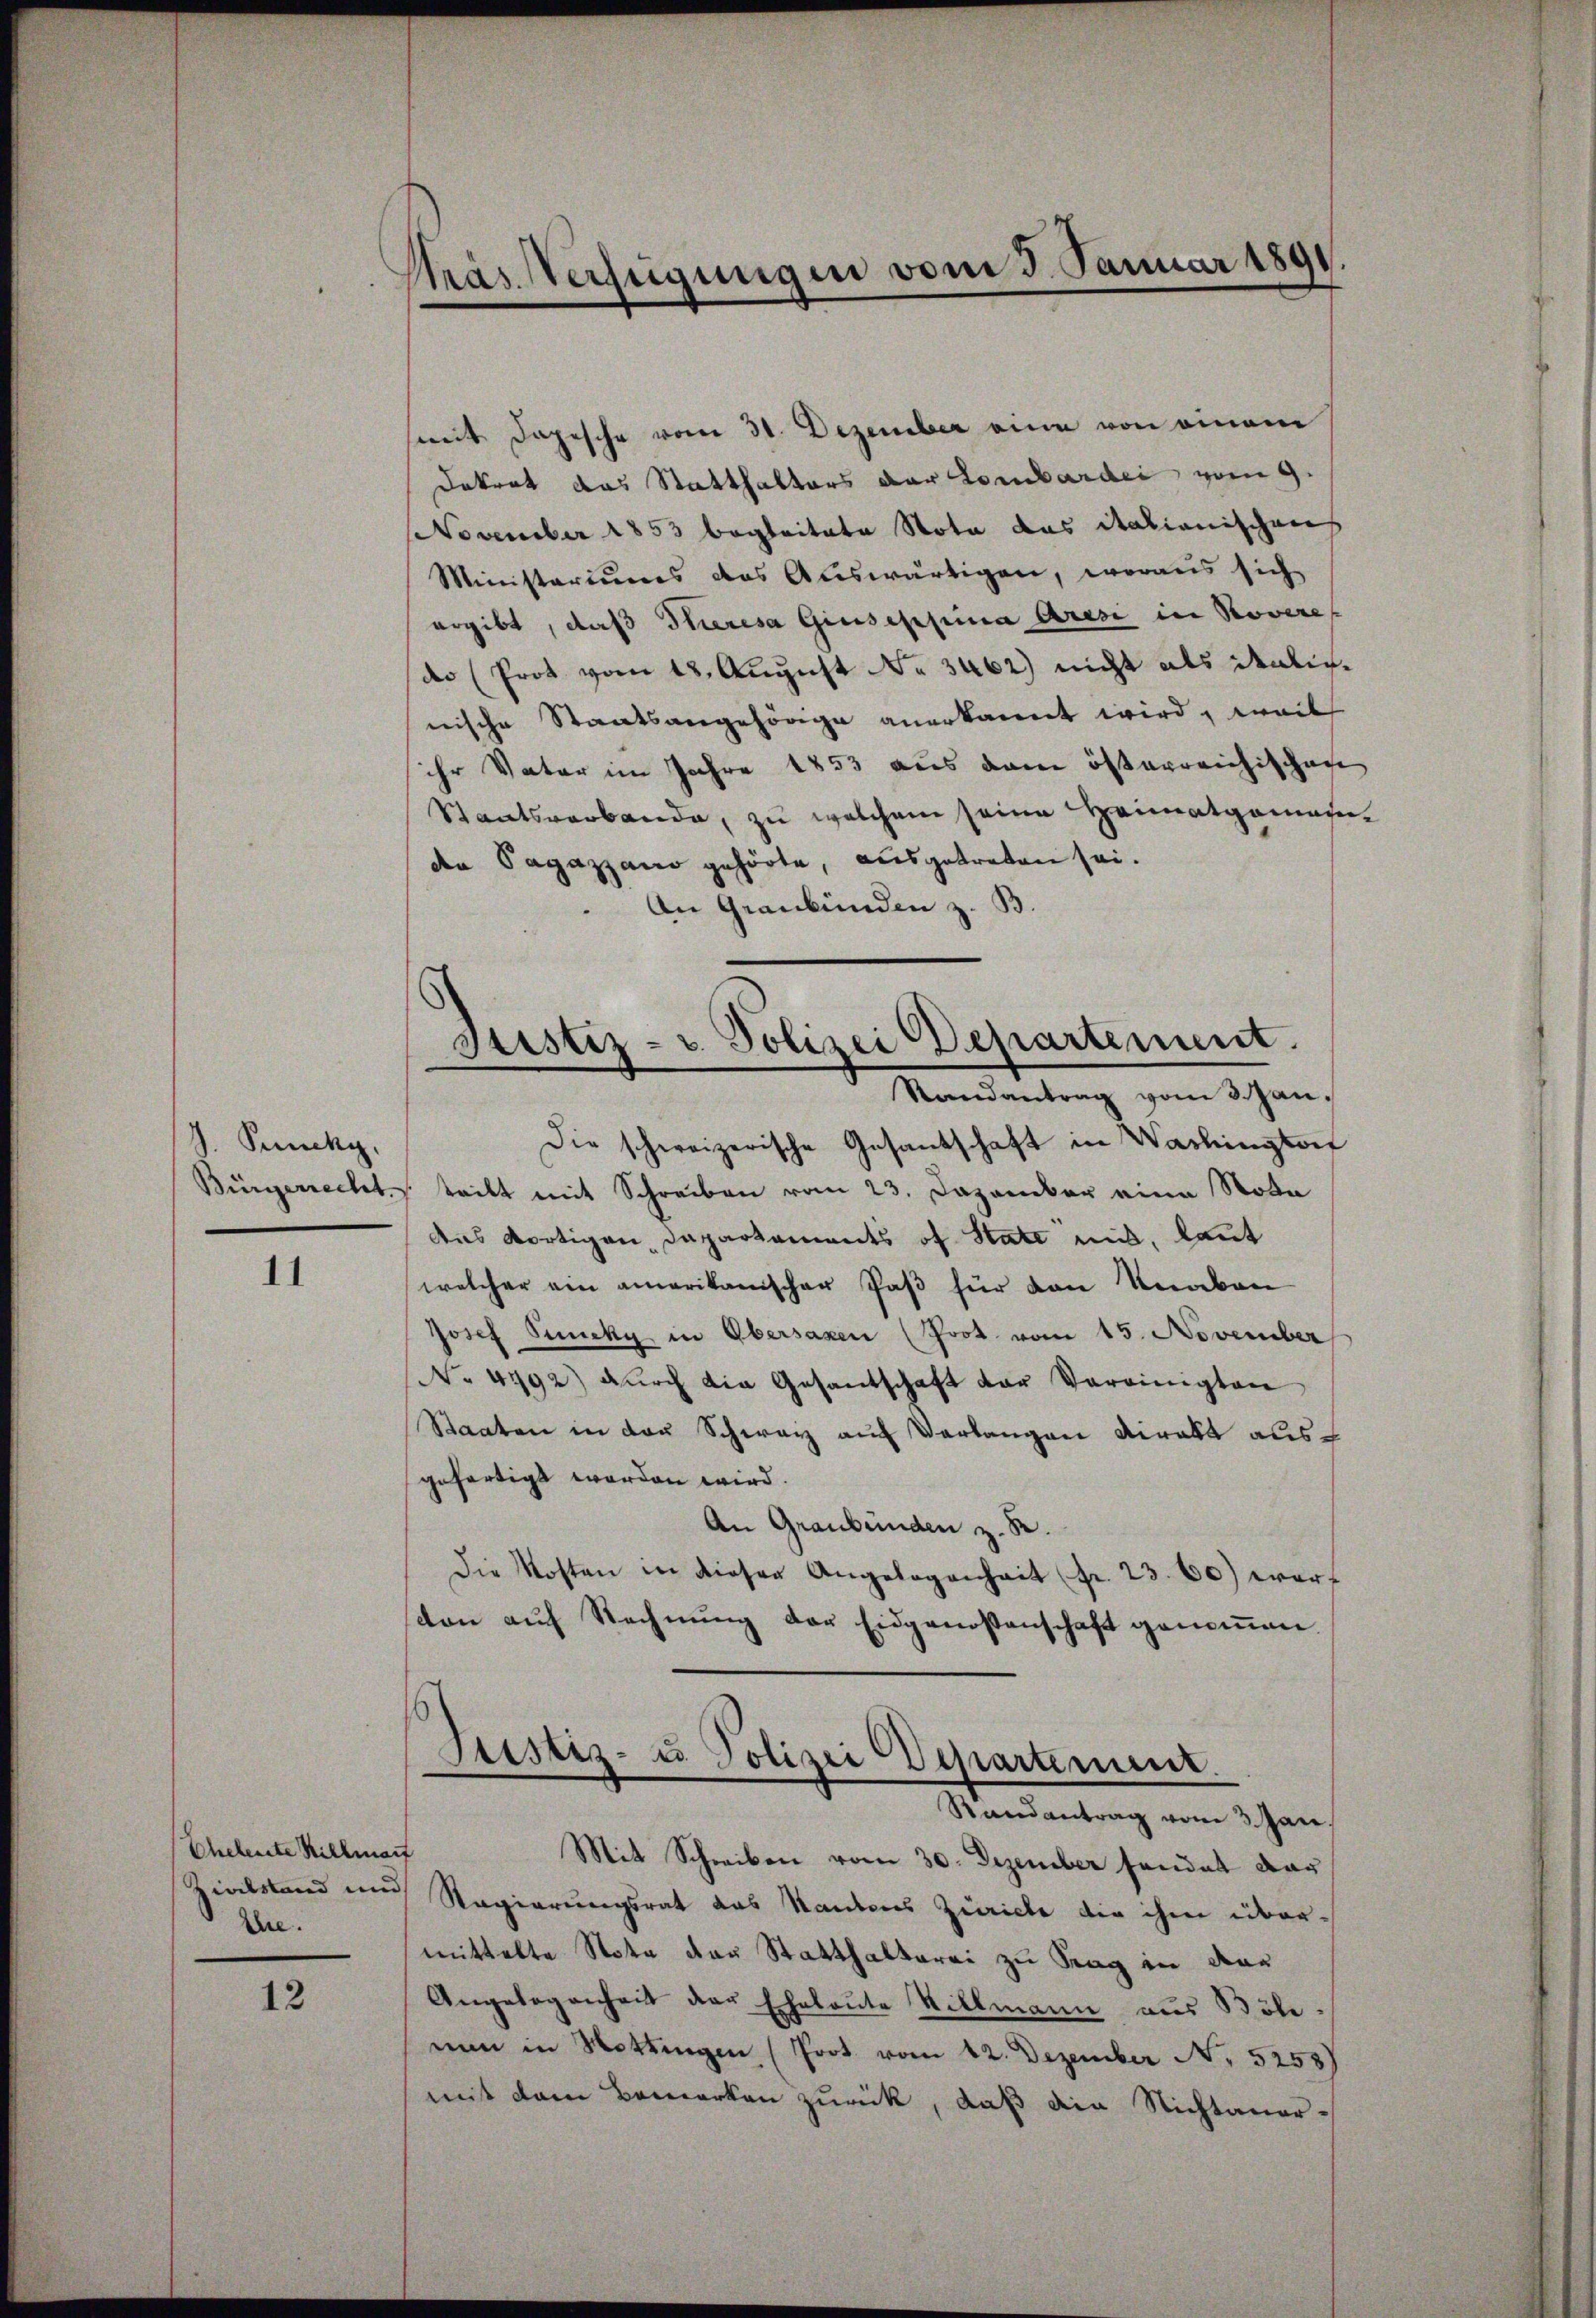
S. Puncky,

11

Ehehente Hillmac
ire.

12

Pras Verfügungen vom 3. Januar 1891.

smit Depesche vom 31. Dezember eine von einem
Dokrat das Statthalters der Lombardei vom 9.
November 1853 begleitete Nota das italienischens
Ministeriums das Auswärtigen, woraus sich
ergibt, daß Stieresa Giuseppina Aresi in Rovere
dr (Prot vom 18. August No 3462) nicht als italicnische Staatsangehörige anerkannt wird, weil
ihr Vater im Jahre 1853 aus dem österreichischen
Staatsverbande, zu welchem seine Heimatgemeinden Pagazzano gehörte, ausgetreten sei.
An Graubünden z. B.
Die schweizerische Gesantschaft in Washington
Bürgerrecht teilt mit Schreiben vom 23. Dezember eine Nota
das dortigen Departements of Statt mit, laut
welcher ein amerikanischer Paß für den Knaben
Josef Senicky in Obersagen (Prot. vom 15. November
No 4792) dŭrch die Gesantschaft der Vereinigten
Staaten in der Schweiz auf Verlangen Direkt aus
gefertigt worden wird.
An Graubünden z. R.
Die Kosten in dieser Angelegenheit fr. 23. 80) warf
ston auf Rechnung der Eidgenossenschaft genommen.
Justiz- u. Polizei Departement.
Randantrag vom 3. Jan.
Mit Schreiben vom 30. Dezember sondet dar
Zivilstand und Regierungsrat das Kantons Zürich die ihm übermittelte Nota den Statthalterei zu trag in dar
Angelegenheit der Eheleute Sillmann aus Böle-
nun in Hettingen (Prot. vom 12. Dezember N. 5253)
mit dem Bemerken zurück, daß die Nichtaner¬

Justiz- u. Polizei Departement.
Randantrag vom 3. Jan.